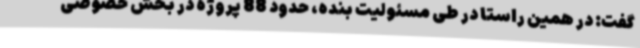
گفت: در همین راستا در طی مسئولیت بنده، حدود 88 پروژه در بخش خصوصی